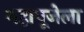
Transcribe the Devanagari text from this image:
महापूजेला